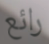
رائع